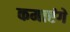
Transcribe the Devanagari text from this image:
कमाएंगे